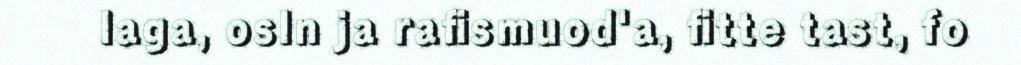
laga, osln ja rafismuod'a, fitte tast, fo